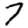
Digit: 7